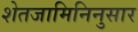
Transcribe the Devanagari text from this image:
शेतजामिनिनुसार